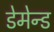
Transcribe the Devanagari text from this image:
डेमेन्ड